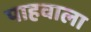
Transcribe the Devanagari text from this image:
पाहवाला